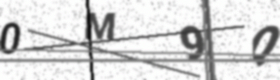
Text: 0M9Q